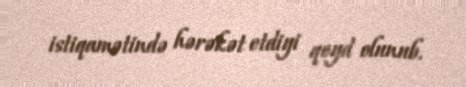
istiqamətində hərəkət etdiyi qeyd olunub.